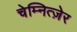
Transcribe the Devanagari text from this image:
चेम्नित्ज़ेर